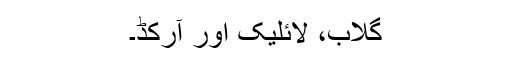
گلاب، لائلیک اور آرکِڈ۔